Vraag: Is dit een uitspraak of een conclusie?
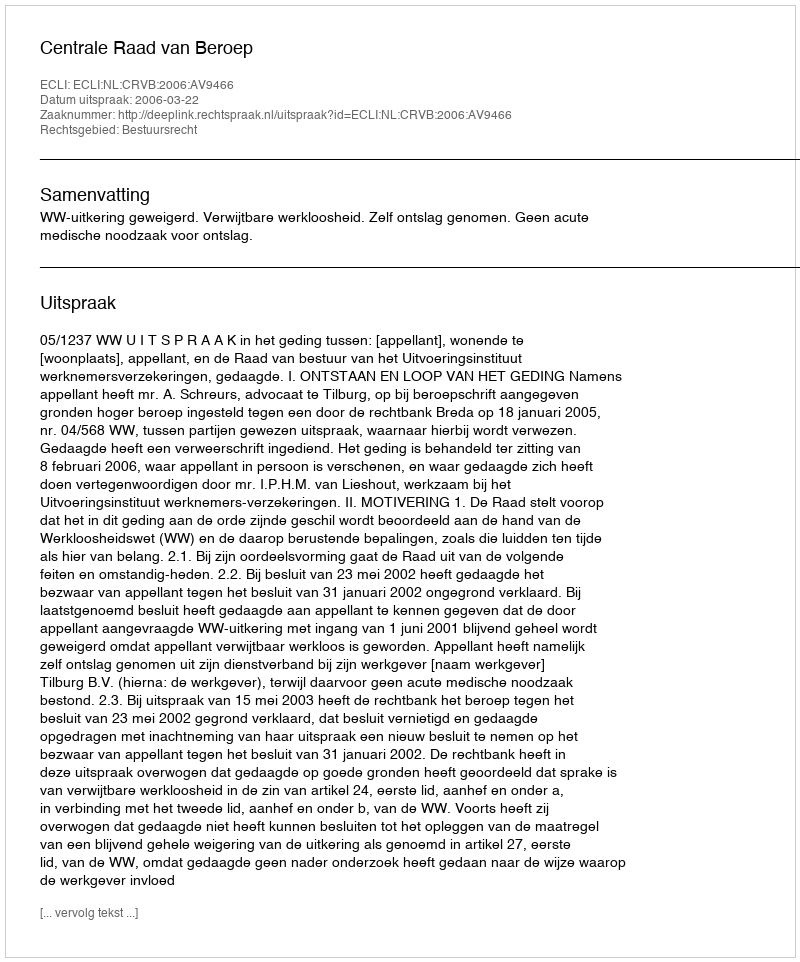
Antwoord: Uitspraak